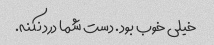
خیلی خوب بود. دست شما درد نکنه.